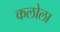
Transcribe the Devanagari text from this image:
कलोला